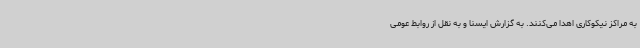
به مراکز نیکوکاری اهدا می‌کنند. به گزارش ایسنا و به نقل از روابط عومی